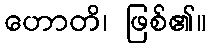
ဟောတိ၊ ဖြစ်၏။